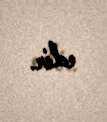
edir.